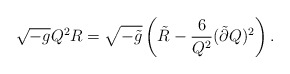
\begin{align*}\sqrt{-g} Q^2 R = \sqrt{-\tilde g} \left( \tilde R -\frac{6}{Q^2}(\tilde\partial Q)^2 \right) .\end{align*}